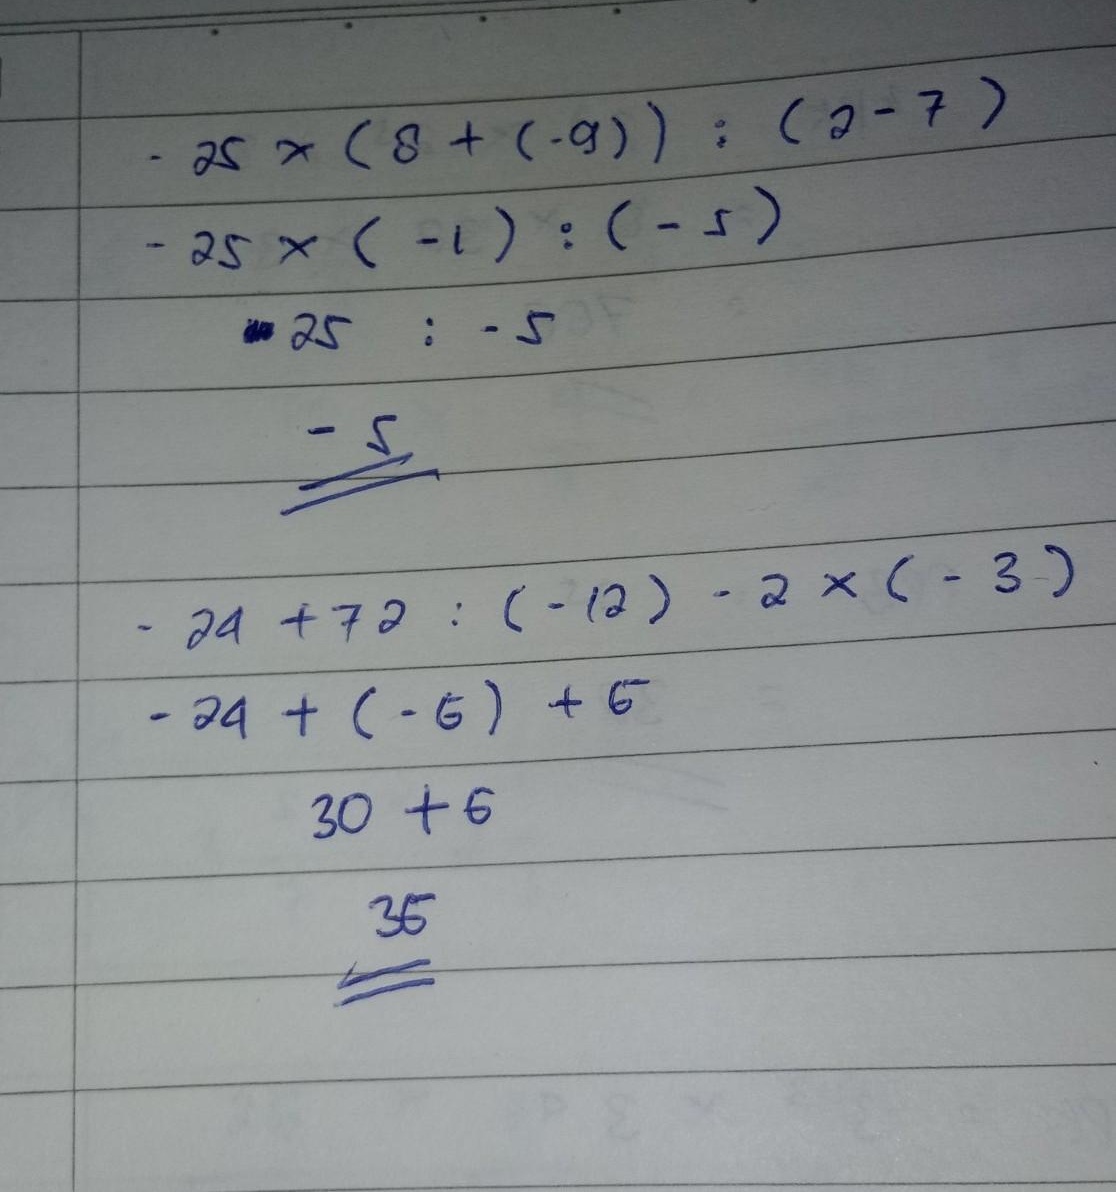
\[
\begin{align*}
&-25\times(8 + (-9))\div(2 - 7)\\
=&-25\times(-1)\div(-5)\\
=&25\div(-5)\\
=&-5
\end{align*}
\]
\[
\begin{align*}
&-24 + 72\div(-12)-2\times(-3)\\
=&-24+(-6)+6\\
=&-24
\end{align*}
\]